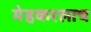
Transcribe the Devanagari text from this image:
मेहकरलाच